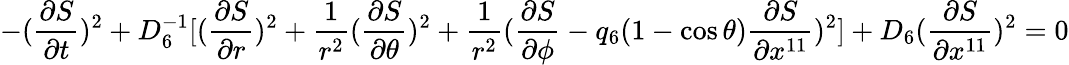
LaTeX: -({\frac{\partial S}{\partial t}})^{2}+D_{6}^{-1}[({\frac{\partial S}{\partial r}})^{2}+{\frac{1}{r^{2}}}({\frac{\partial S}{\partial\theta}})^{2}+{\frac{1}{r^{2}}}({\frac{\partial S}{\partial\phi}}-q_{6}(1-\cos\theta){\frac{\partial S}{\partial x^{11}}})^{2}]+D_{6}({\frac{\partial S}{\partial x^{11}}})^{2}=0